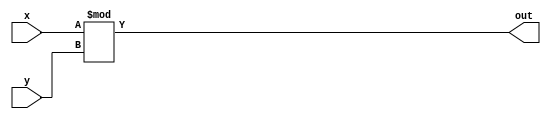
module modulus_operator(x,y,out);
input [3:0] x,y;
output [3:0] out;
	assign out=x%y;
endmodule